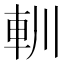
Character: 䡅